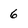
Character: 6